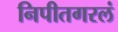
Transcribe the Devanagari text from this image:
निपीतगरलं